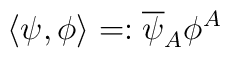
\langle\psi,\phi\rangle=:\overline{\psi}_A\phi^A